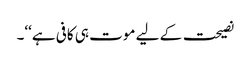
نصیحت کے لیے موت ہی کافی ہے‘‘۔